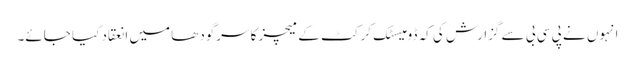
انہوں نے پی سی بی سے گزارش کی کہ ڈومیسٹک کرکٹ کے میچز کا سرگودھا میں انعقاد کیا جائے۔